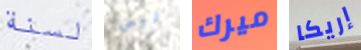
لسنة ليس ميرك إريكا